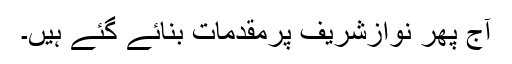
آج پھر نوازشریف پرمقدمات بنائے گئے ہیں۔